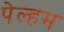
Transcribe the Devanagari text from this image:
पेल्हम